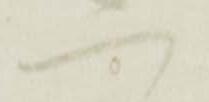
へ